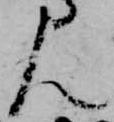
ん